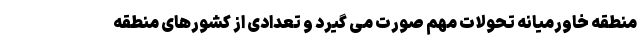
منطقه خاورمیانه تحولات مهم صورت می گیرد و تعدادی از کشورهای منطقه